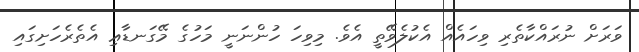
ވަރަށް ނުރައްކާތެރި ވިހައެއް އެކުލެވޭތީ އެވެ. މިވިހަ ހުންނަނީ މަހުގެ މޭގަނޑާޢި އެތެރެހަށިގައި